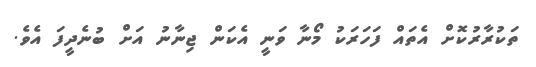
ތަކުރާރުކޮށް އެތައް ފަހަރަކު މޯނާ ވަނީ އެކަން ޖިނާނު އަށް ބުނެދީފަ އެވެ.